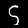
Digit: 5